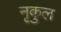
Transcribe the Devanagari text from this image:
नृकुल